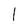
Character: l